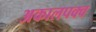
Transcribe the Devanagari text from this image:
अकालपक्व